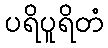
ပရိပူရိတံ